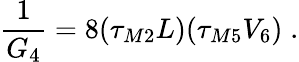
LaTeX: \frac{1}{G_{4}}=8(\tau_{M2}L)(\tau_{M5}V_{6})\; .